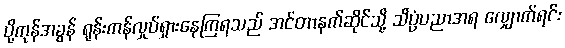
ပို့ကုန်အခွန် ရုန်းကန်လှုပ်ရှားနေကြရသည် အင်တာနက်ဆိုင်သို့ သိပ္ပံပညာအရ လျှောက်ရင်း